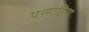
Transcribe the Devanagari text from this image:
पसाडिना